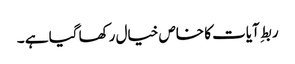
ربطِ آیات کا خاص خیال رکھا گیا ہے ۔